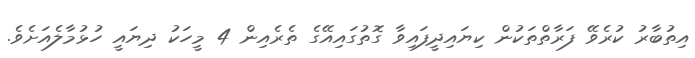
އިތުބާރު ކުރެވޭ ފަރާތްތަކުން ކިޔައިދީފައިވާ ގޮތުގައިއޭގެ ތެރެއިން 4 މީހަކު ދިޔައީ ހުޅުމާލެއަށެވެ.